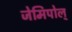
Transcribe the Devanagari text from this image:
जेमिपोल्